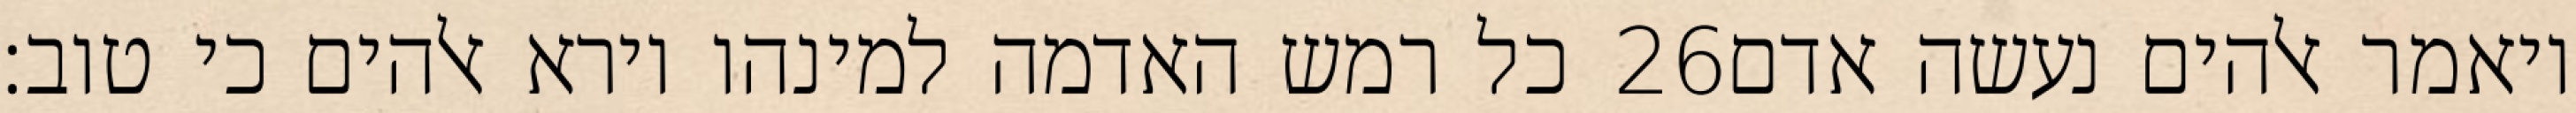
כל רמש האדמה למינהו וירא אלהים כי טוב׃ ‎26‏ ויאמר אלהים נעשה אדם